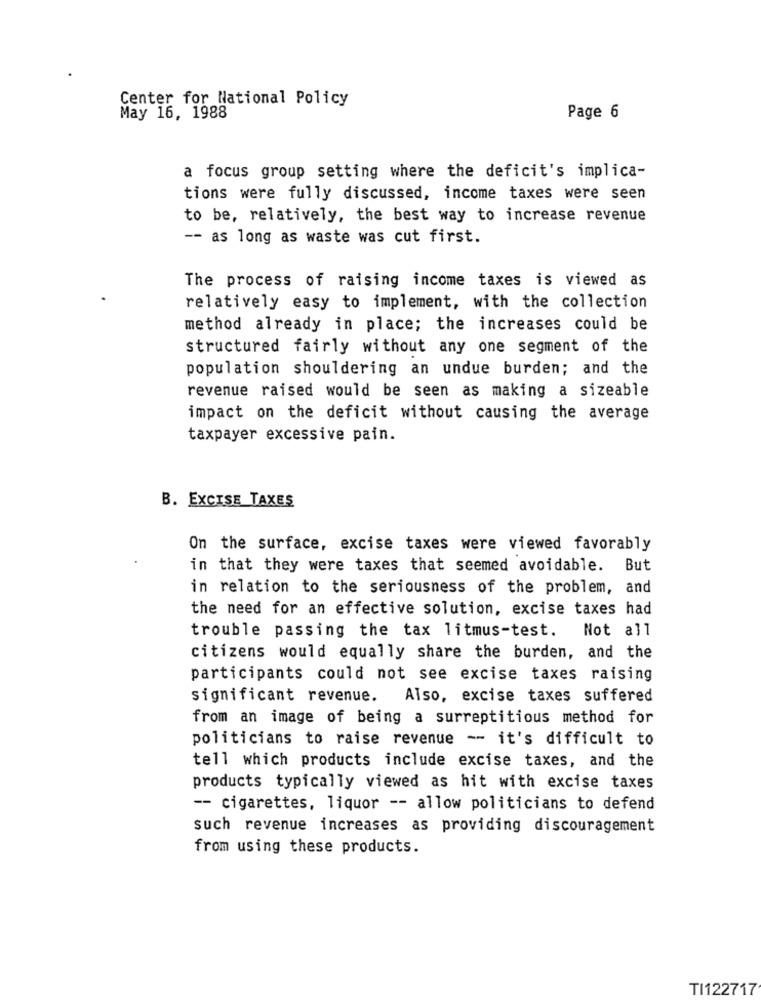
Center for National Policy
May 16, 1988
Page 6
a focus group setting where the deficit's implica-
tions were fully discussed, income taxes were seen
to be, relatively, the best way to increase revenue
-- as long as waste was cut first.
The process of raising income taxes is viewed as
relatively easy to implement, with the collection
method already in place; the increases could be
structured fairly without any one segment of the
population shouldering an undue burden; and the
revenue raised would be seen as making a sizeable
impact on the deficit without causing the average
taxpayer excessive pain.
B. EXCISE TAXES
On the surface, excise taxes were viewed favorably
in that they were taxes that seemed avoidable. But
in relation to the seriousness of the problem, and
the need for an effective solution, excise taxes had
Not all
trouble passing the tax litmus-test.
citizens would equally share the burden, and the
participants could not see excise taxes raising
significant revenue. Also, excise taxes suffered
from an image of being a surreptitious method for
politicians to raise revenue -- it's difficult to
tell which products include excise taxes, and the
products typically viewed as hit with excise taxes
-- cigarettes, liquor -- allow politicians to defend
such revenue increases as providing discouragement
from using these products.
TI122717